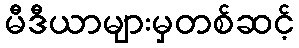
မီဒီယာများမှတစ်ဆင့်